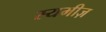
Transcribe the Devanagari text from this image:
स्यमीज़